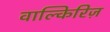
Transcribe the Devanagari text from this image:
वाल्किरिज़